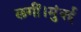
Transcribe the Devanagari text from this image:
लगीं।मुंबई